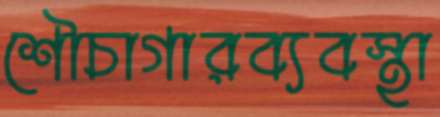
শৌচাগারব্যবস্থা